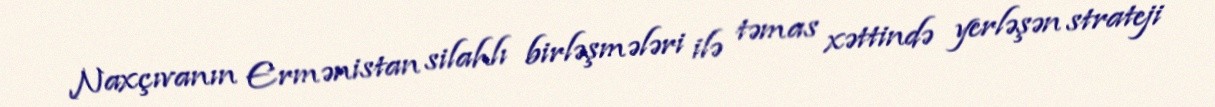
Naxçıvanın Ermənistan silahlı birləşmələri ilə təmas xəttində yerləşən strateji